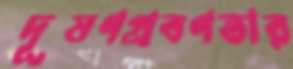
দূষণপ্রবণতার